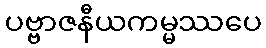
ပဗ္ဗာဇနီယကမ္မဿပေ